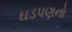
ઘડપણનો